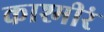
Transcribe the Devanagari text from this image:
काश्मीरं